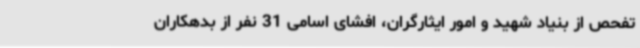
تفحص از بنیاد شهید و امور ایثارگران، افشای اسامی 31 نفر از بدهکاران